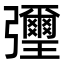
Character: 㣆